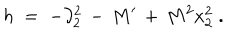
h \; = \; - \partial _ { 2 } ^ { 2 } \, - \, M ^ { \prime } \, + \, M ^ { 2 } x _ { 2 } ^ { 2 } \; .